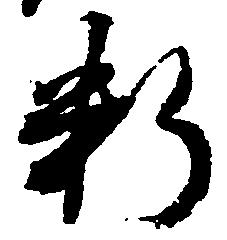
料